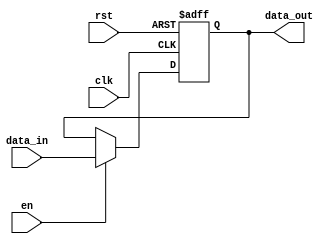
module input_register #(
    parameter DATA_WIDTH = 8  // Parameter to define the width of the register
)(
    input wire clk,            // Clock signal
    input wire rst,            // Reset signal
    input wire en,             // Enable signal
    input wire [DATA_WIDTH-1:0] data_in, // Input data
    output reg [DATA_WIDTH-1:0] data_out // Output data
);

// Sequential logic block
always @(posedge clk or posedge rst) begin
    if (rst) begin
        // Asynchronous reset
        data_out <= {DATA_WIDTH{1'b0}}; // Initialize to zero
    end else if (en) begin
        // Capture input data on enable
        data_out <= data_in;
    end
    // If enable is not asserted, retain the previous value
end

endmodule